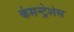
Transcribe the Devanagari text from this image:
कंसन्ट्रेशंस